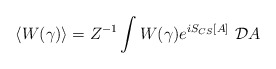
\begin{align*}\langle W(\gamma) \rangle = Z^{-1} \int W(\gamma) e^{iS_{CS}[A]} \ {\cal D}A\end{align*}